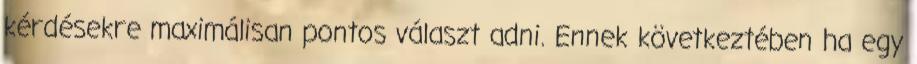
kérdésekre maximálisan pontos választ adni. Ennek következtében ha egy